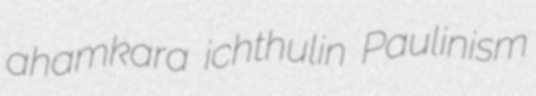
ahamkara ichthulin Paulinism